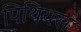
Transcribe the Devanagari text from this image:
पिथियस